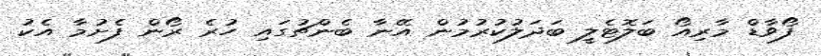
ފޯވާޑް މާރިއޯ ބަލޮޓެލީ ބަދަލުކުރުމުން އޭނާ ބެންޗުގައި ހުރެ ރޯން ފެށުމާ އެކު